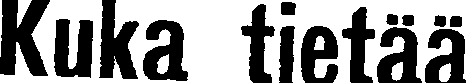
Kuka tietää